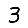
Digit: 3